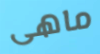
ماهى